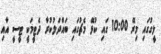
ލީގުގައި މިރޭ 10:00 ގައި ކުޅޭ މެޗުގައި ބައްދަލުކުރާ ދެޓީމަކީ ޓީސީ އާއި